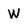
Character: W